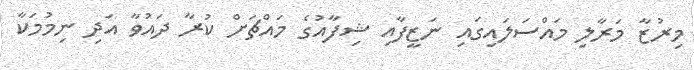
މިރުޒާ މަރާލި މައްސަލައިގައި ނަޒީފާއި ޝިފާއުގެ މައްޗަށް ކުރާ ދައުވާ އަދި ނިމުމަކާ